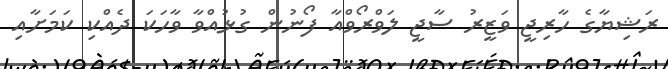
ރަޝިޔާގެ ހާރިޖީ ވަޒީރު ސާޖީ ލަވްރޯވްއާ ފޯނުން ގުޅުއްވާ ވާހަކަ ދެއްކި ކަމަށާއި